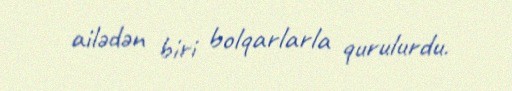
ailədən biri bolqarlarla qurulurdu.